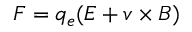
{ \boldsymbol F } = q _ { e } ( { \boldsymbol E } + { \boldsymbol v } \times { \boldsymbol B } )